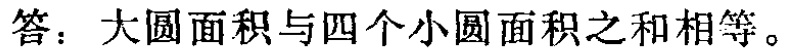
答：大圆面积与四个小圆面积之和相等。